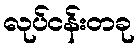
လုပ်ငန်းတခု